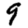
Digit: 9